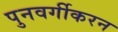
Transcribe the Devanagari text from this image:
पुनवर्गीकरन